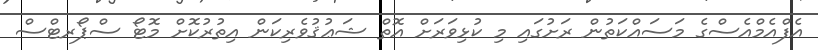
އެފްއެމްއެސްގެ މަސައްކަތުން ރަށުގައި މި ކުޅިވަރަށް އޮތް ޝަޢުޤުވެރިކަން އިތުރުކޮށް މޮޓޯ ސްޕޯރޓްސް